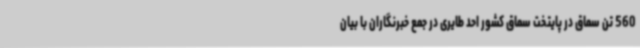
560 تن سماق در پایتخت سماق کشور احد طایری در جمع خبرنگاران با بیان